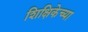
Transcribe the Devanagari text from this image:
शिक्षिकेच्या